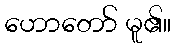
ဟောတော် မူ၏။